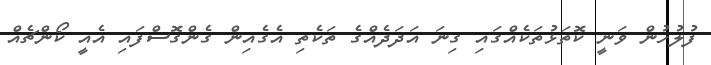
ފުލުހުން ވަނީ ކޮތަޅުތަކެއްގައި ގިނަ އަދަދެއްގެ ތަކެތި އެގެއިން ގެންގޮސްފައި އެއީ ކޯންޗެއް